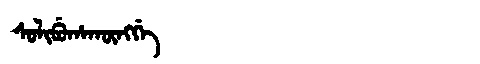
Manchu: ᠰᠣᠯᡳᠪᡠᡥᠠᡴᡡᠩᡤᡝ
Romanization: SOLIBUHAKŪNGGE